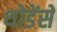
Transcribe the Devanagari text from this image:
थोडेंसें